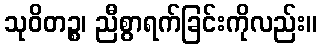
သုဝိတဉ္စ၊ ညီစွာရက်ခြင်းကိုလည်း။